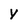
Character: y